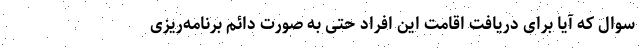
سوال که آیا برای دریافت اقامت این افراد حتی به صورت دائم برنامه‌ریزی